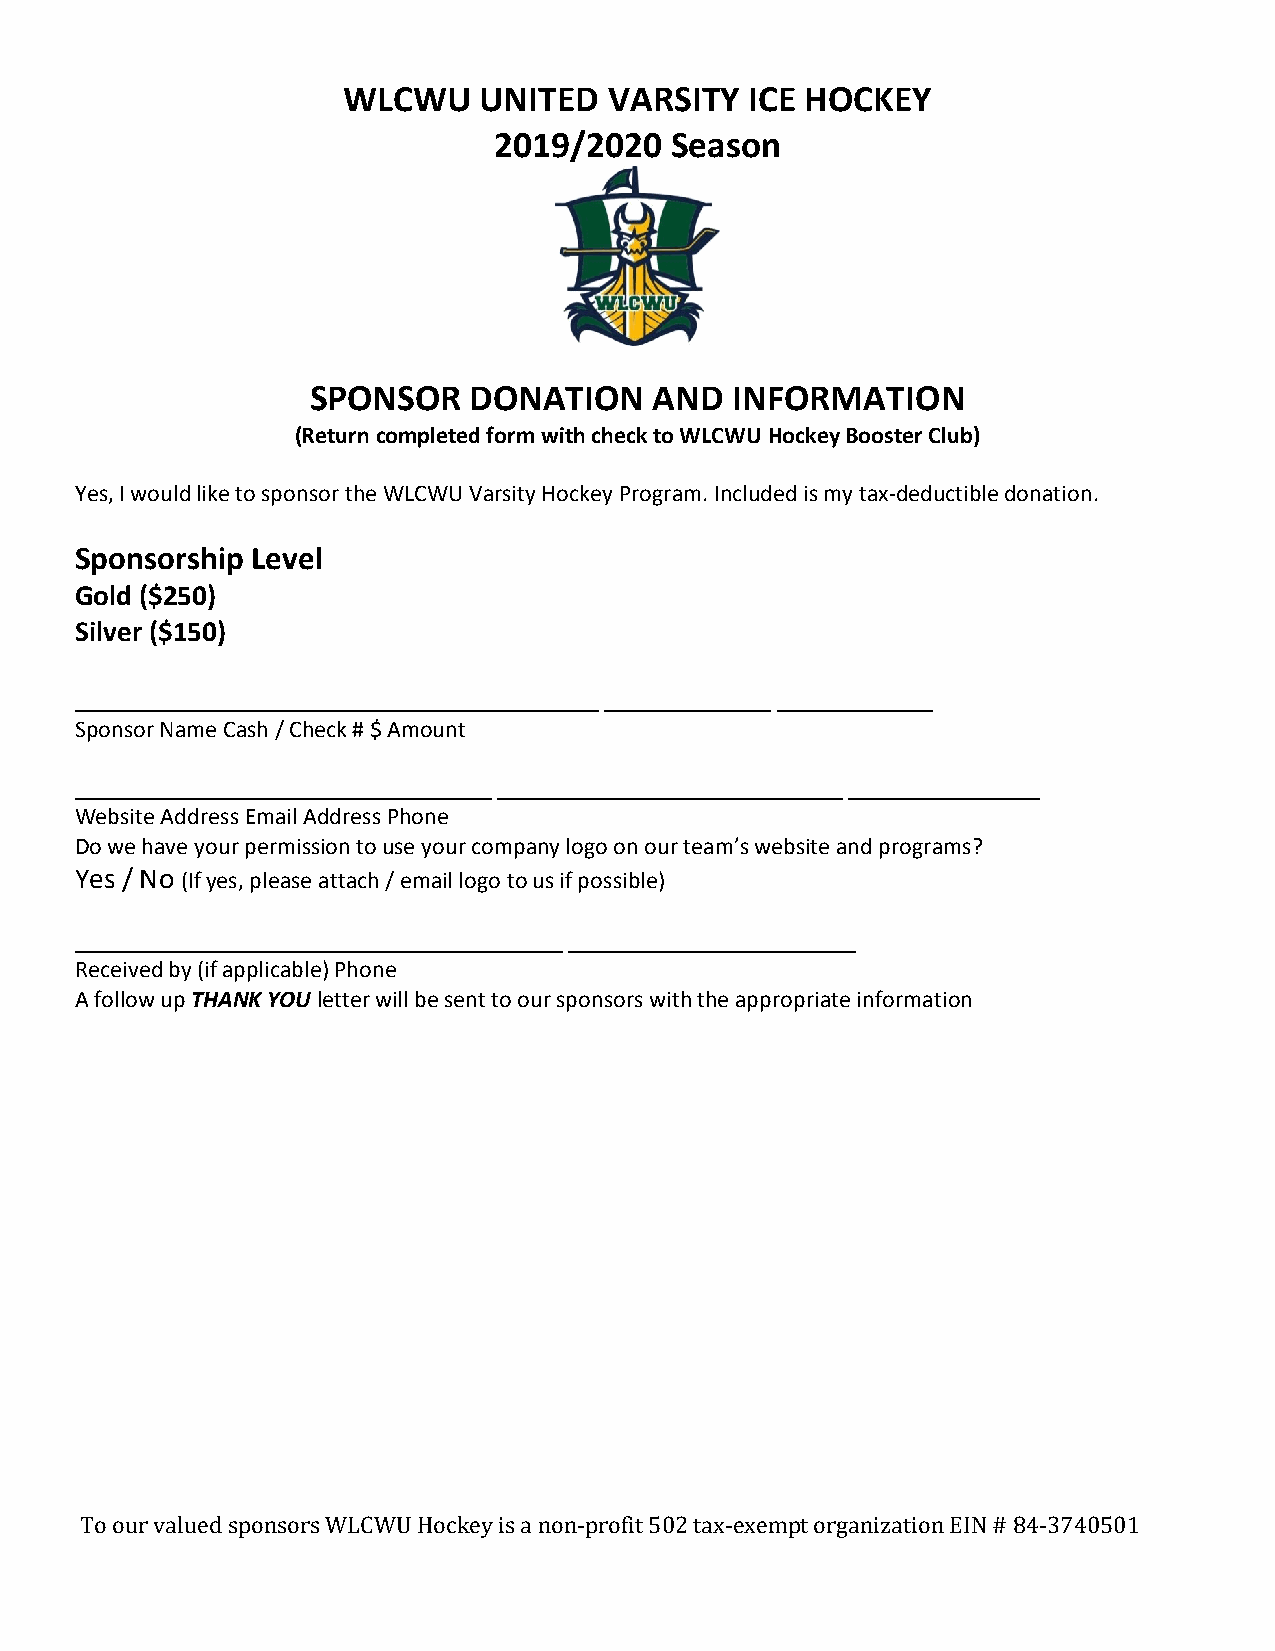
WLCWU    UNITED  VARSITY   ICE HOCKEY
 2019/2020  Season
 SPONSOR    DONATION    AND   INFORMATION
 (Return completed form with check to WLCWU Hockey Booster Club)
 Yes, I would like to sponsor the WLCWU Varsity Hockey Program. Included is my tax-deductible donation.
 Sponsorship Level
 Gold ($250)
 Silver ($150)
 ____________________________________________ ______________ _____________
 Sponsor Name Cash / Check # $ Amount
 ___________________________________ _____________________________ ________________
 Website Address Email Address Phone
 Do we have your permission to use your company logo on our team’s website and programs?
 Yes / No (If yes, please attach / email logo to us if possible)
 _________________________________________ ________________________
 Received by (if applicable) Phone
 A follow up THANK YOU letter will be sent to our sponsors with the appropriate information
 To our valued sponsors WLCWU Hockey is a non-profit 502 tax-exempt organization EIN # 84-3740501